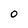
Character: 0